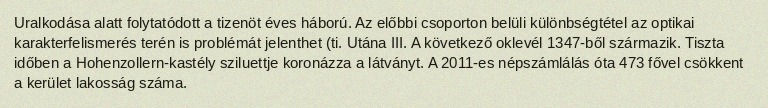
Uralkodása alatt folytatódott a tizenöt éves háború. Az előbbi csoporton belüli különbségtétel az optikai karakterfelismerés terén is problémát jelenthet (ti. Utána III. A következő oklevél 1347-ből származik. Tiszta időben a Hohenzollern-kastély sziluettje koronázza a látványt. A 2011-es népszámlálás óta 473 fővel csökkent a kerület lakosság száma.